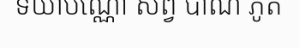
ទយាបណ្ណោ សព្វ បាណ ភូត